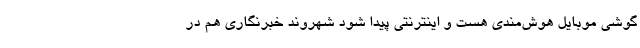
گوشی موبایل هوش‌مندی هست و اینترنتی پیدا شود شهروند خبرنگاری هم در